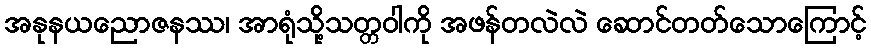
အနုနယညောဇနဿ၊ အာရုံသို့သတ္တဝါကို အဖန်တလဲလဲ ဆောင်တတ်သောကြောင့်